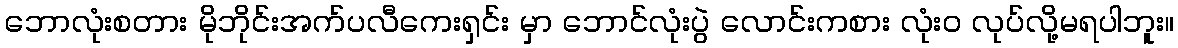
ဘောလုံးစတား မိုဘိုင်းအက်ပလီကေးရှင်း မှာ ဘောင်လုံးပွဲ လောင်းကစား လုံးဝ လုပ်လို့မရပါဘူး။